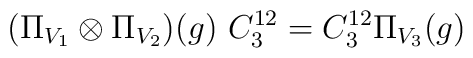
(\Pi _{V_1} \otimes \Pi_{V_2}) (g)   \ C^{12}_3 =C^{12}_3 \Pi _{V_3} (g)